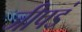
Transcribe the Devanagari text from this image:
जीपडं